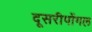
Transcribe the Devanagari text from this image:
दूसरीपोंगल